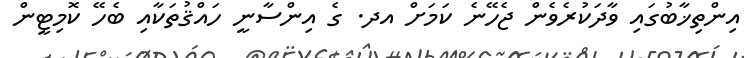
އިންތިޚާބުގައި ވާދަކުރެވެން ޖެހޭނެ ކަމަށް އދ. ގެ އިންސާނީ ހައްޤުތަކާއި ބެހޭ ކޮމިޓީން